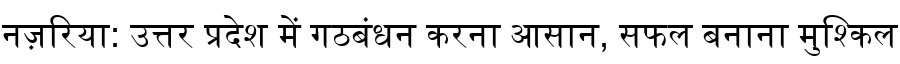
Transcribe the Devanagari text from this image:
नज़रिया: उत्तर प्रदेश में गठबंधन करना आसान, सफल बनाना मुश्किल